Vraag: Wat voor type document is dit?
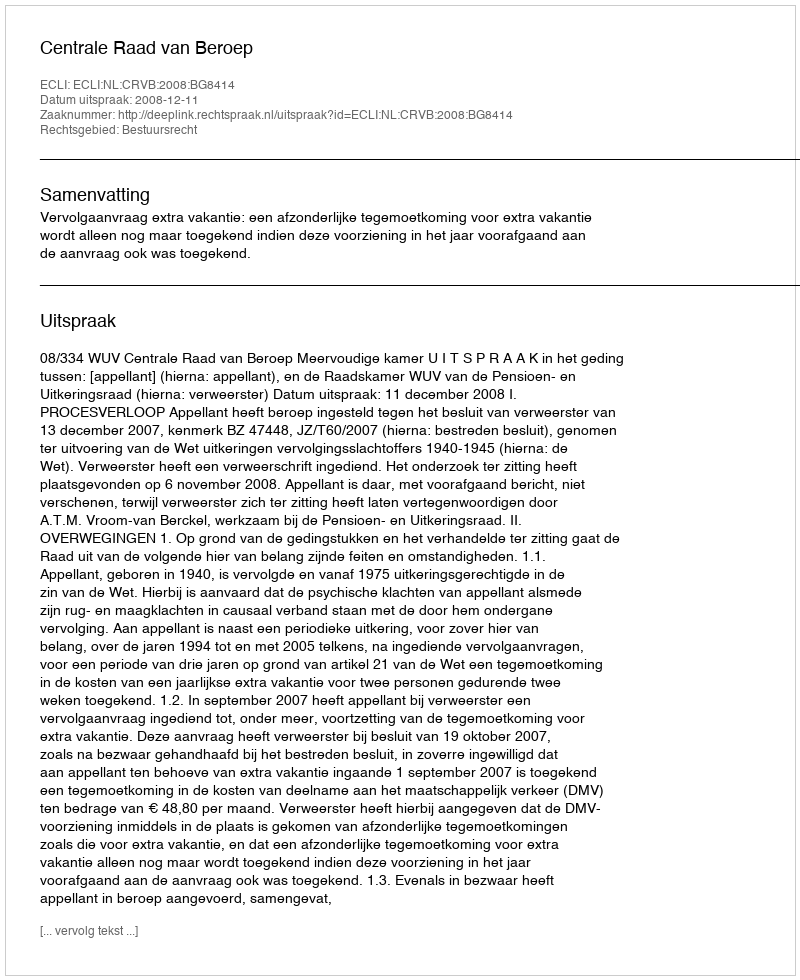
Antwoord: Uitspraak